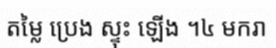
តម្លៃ ប្រេង ស្ទុះ ឡើង ។៤ មករា